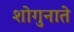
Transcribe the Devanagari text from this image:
शोगुनाते